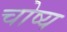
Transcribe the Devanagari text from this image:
चोष्य